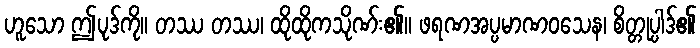
ဟူသော ဤပုဒ်ကို။ တဿ တဿ၊ ထိုထိုကသိုဏ်း၏။ ဖရဏအပ္ပမာဏဝသေန၊ စိတ္တုပ္ပါဒ်၏